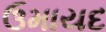
ઉમાયદ